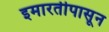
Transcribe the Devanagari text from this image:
इमारतीपासून